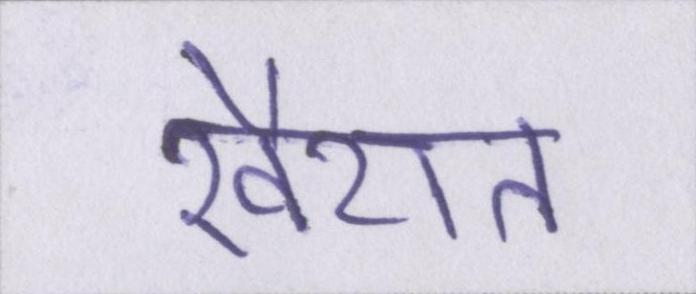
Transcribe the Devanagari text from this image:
खैरात